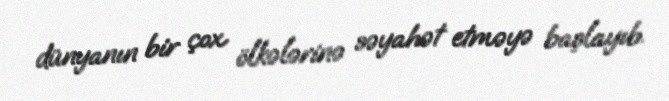
dünyanın bir çox ölkələrinə səyahət etməyə başlayıb.